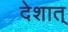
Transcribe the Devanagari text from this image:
देशात्